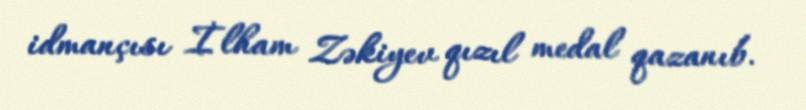
idmançısı İlham Zəkiyev qızıl medal qazanıb.